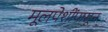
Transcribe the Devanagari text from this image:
मूलपेशींपासून